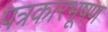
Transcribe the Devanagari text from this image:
पत्रकारभूषण